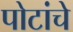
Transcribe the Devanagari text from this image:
पोटांचे